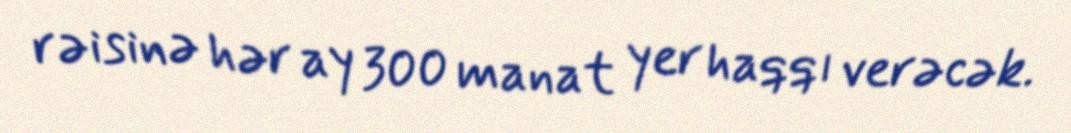
rəisinə hər ay 300 manat yer haqqı verəcək.